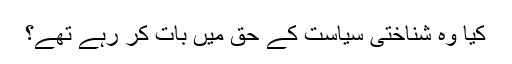
کیا وہ شناختی سیاست کے حق میں بات کر رہے تھے؟